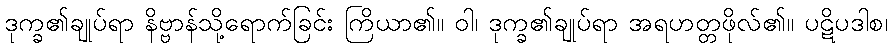
ဒုက္ခ၏ချုပ်ရာ နိဗ္ဗာန်သို့ရောက်ခြင်း ကြိယာ၏။ ဝါ၊ ဒုက္ခ၏ချုပ်ရာ အရဟတ္တဖိုလ်၏။ ပဋိပဒါစ၊